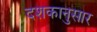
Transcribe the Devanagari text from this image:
दशकानुसार